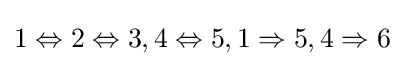
1\Leftrightarrow 2\Leftrightarrow 3,4\Leftrightarrow 5,1\Rightarrow 5,4\Rightarrow 6